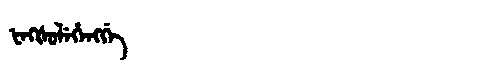
Manchu: ᡶᡝᡴᡧᡠᠯᡝᡥᡝᠩᡤᡝ
Romanization: FEKŠULEHENGGE